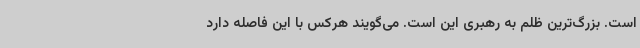
است. بزرگ‌ترین ظلم به رهبری این است. می‌گویند هرکس با این فاصله دارد